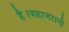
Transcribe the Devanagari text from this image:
है।जहाजरानी